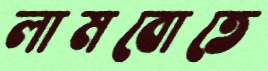
লামবোতে